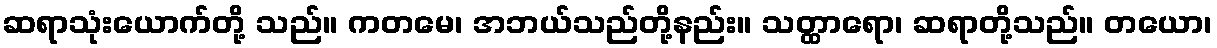
ဆရာသုံးယောက်တို့ သည်။ ကတမေ၊ အဘယ်သည်တို့နည်း။ သတ္ထာရော၊ ဆရာတို့သည်။ တယော၊